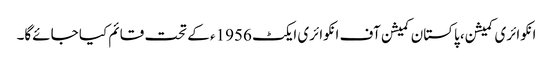
انکوائری کمیشن، پاکستان کمیشن آف انکوائری ایکٹ 1956ء کے تحت قائم کیا جائےگا۔